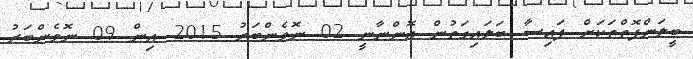
ބީލަންފޮތްތަކަށް ފައިސާ ބަލައިގަތުން އޮންނާނީ 02 ނޮވެންބަރު 2015 އިން 09 ނޮވެންބަރު